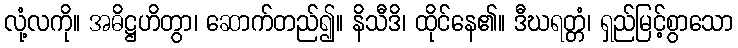
လုံ့လကို။ အဓိဋ္ဌဟိတွာ၊ ဆောက်တည်၍။ နိသီဒိ၊ ထိုင်နေ၏။ ဒီဃရတ္တံ၊ ရှည်မြင့်စွာသော